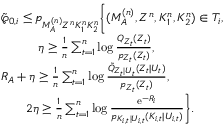
\begin{array} { r l } & { \tilde { \wp } _ { 0 , i } \leq p _ { M _ { \cal A } ^ { ( n ) } Z ^ { n } K _ { 1 } ^ { n } K _ { 2 } ^ { n } } \Biggl \{ ( M _ { \cal A } ^ { ( n ) } , Z ^ { n } , K _ { 1 } ^ { n } , K _ { 2 } ^ { n } ) \in { \cal T } _ { i } , } \\ & { \qquad \quad \eta \geq \frac { 1 } { n } \sum _ { t = 1 } ^ { n } \log \frac { Q _ { { Z } _ { t } } ( Z _ { t } ) } { p _ { Z _ { t } } ( Z _ { t } ) } , } \\ & { R _ { \cal A } + \eta \geq \frac { 1 } { n } \sum _ { t = 1 } ^ { n } \log \frac { \tilde { Q } _ { Z _ { t } | U _ { t } } ( Z _ { t } | U _ { t } ) } { p _ { Z _ { t } } ( Z _ { t } ) } , } \\ & { \qquad 2 \eta \geq \frac { 1 } { n } \sum _ { t = 1 } ^ { n } \log \frac { \mathrm { e } ^ { - R _ { i } } } { p _ { K _ { i , t } | U _ { i , t } } ( K _ { i , t } | U _ { i , t } ) } \Biggr \} . } \end{array}